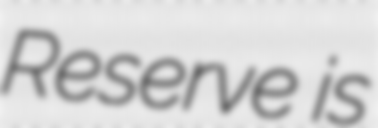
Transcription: Reserve is